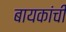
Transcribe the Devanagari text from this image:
बायकांचीं